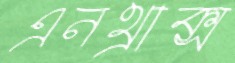
এনথ্রাক্স